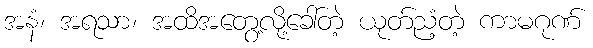
အနံ၊ အရသာ၊ အထိအတွေ့လို့ခေါ်တဲ့ ယုတ်ညံ့တဲ့ ကာမဂုဏ်